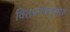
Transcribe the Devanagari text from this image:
वितरणानुसार